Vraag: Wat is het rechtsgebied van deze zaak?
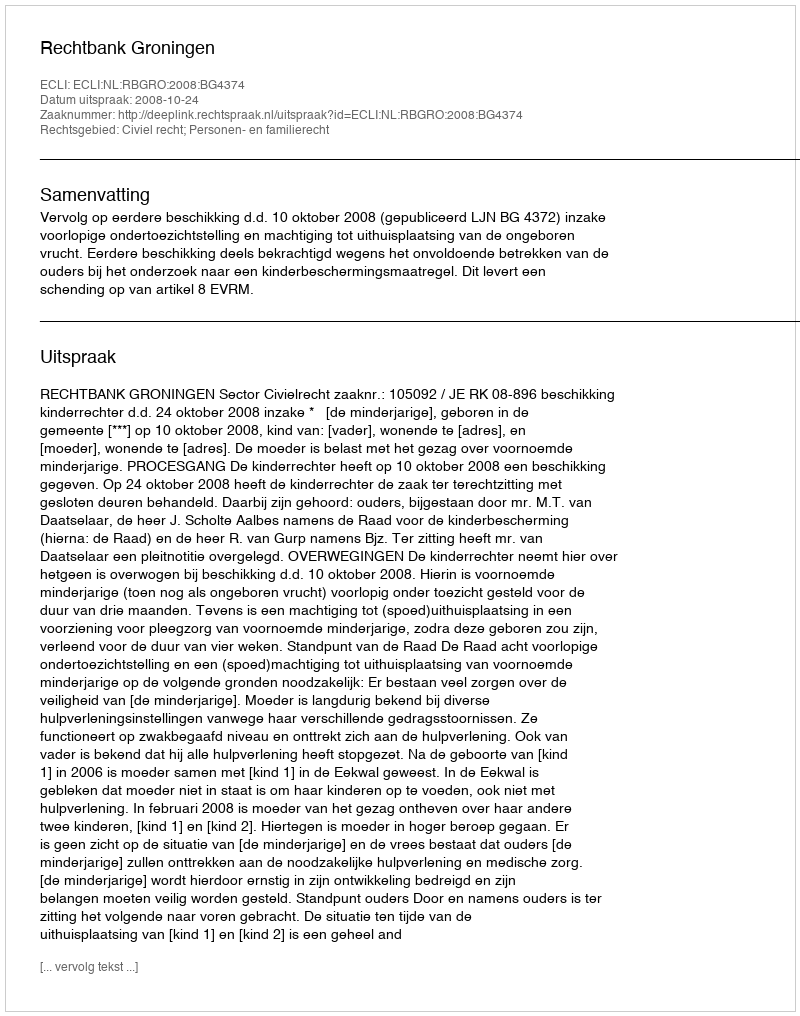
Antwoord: Civiel recht; Personen- en familierecht